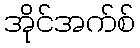
အိုင်အက်စ်